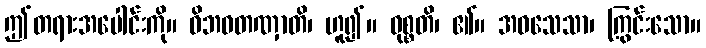
ဤတရားအပေါင်းကို။ ဝိဘဝတဏှာတိ၊ ဟူ၍။ ဝုစ္စတိ၊ ၏။ အဝသေသာ၊ ကြွင်းသော။